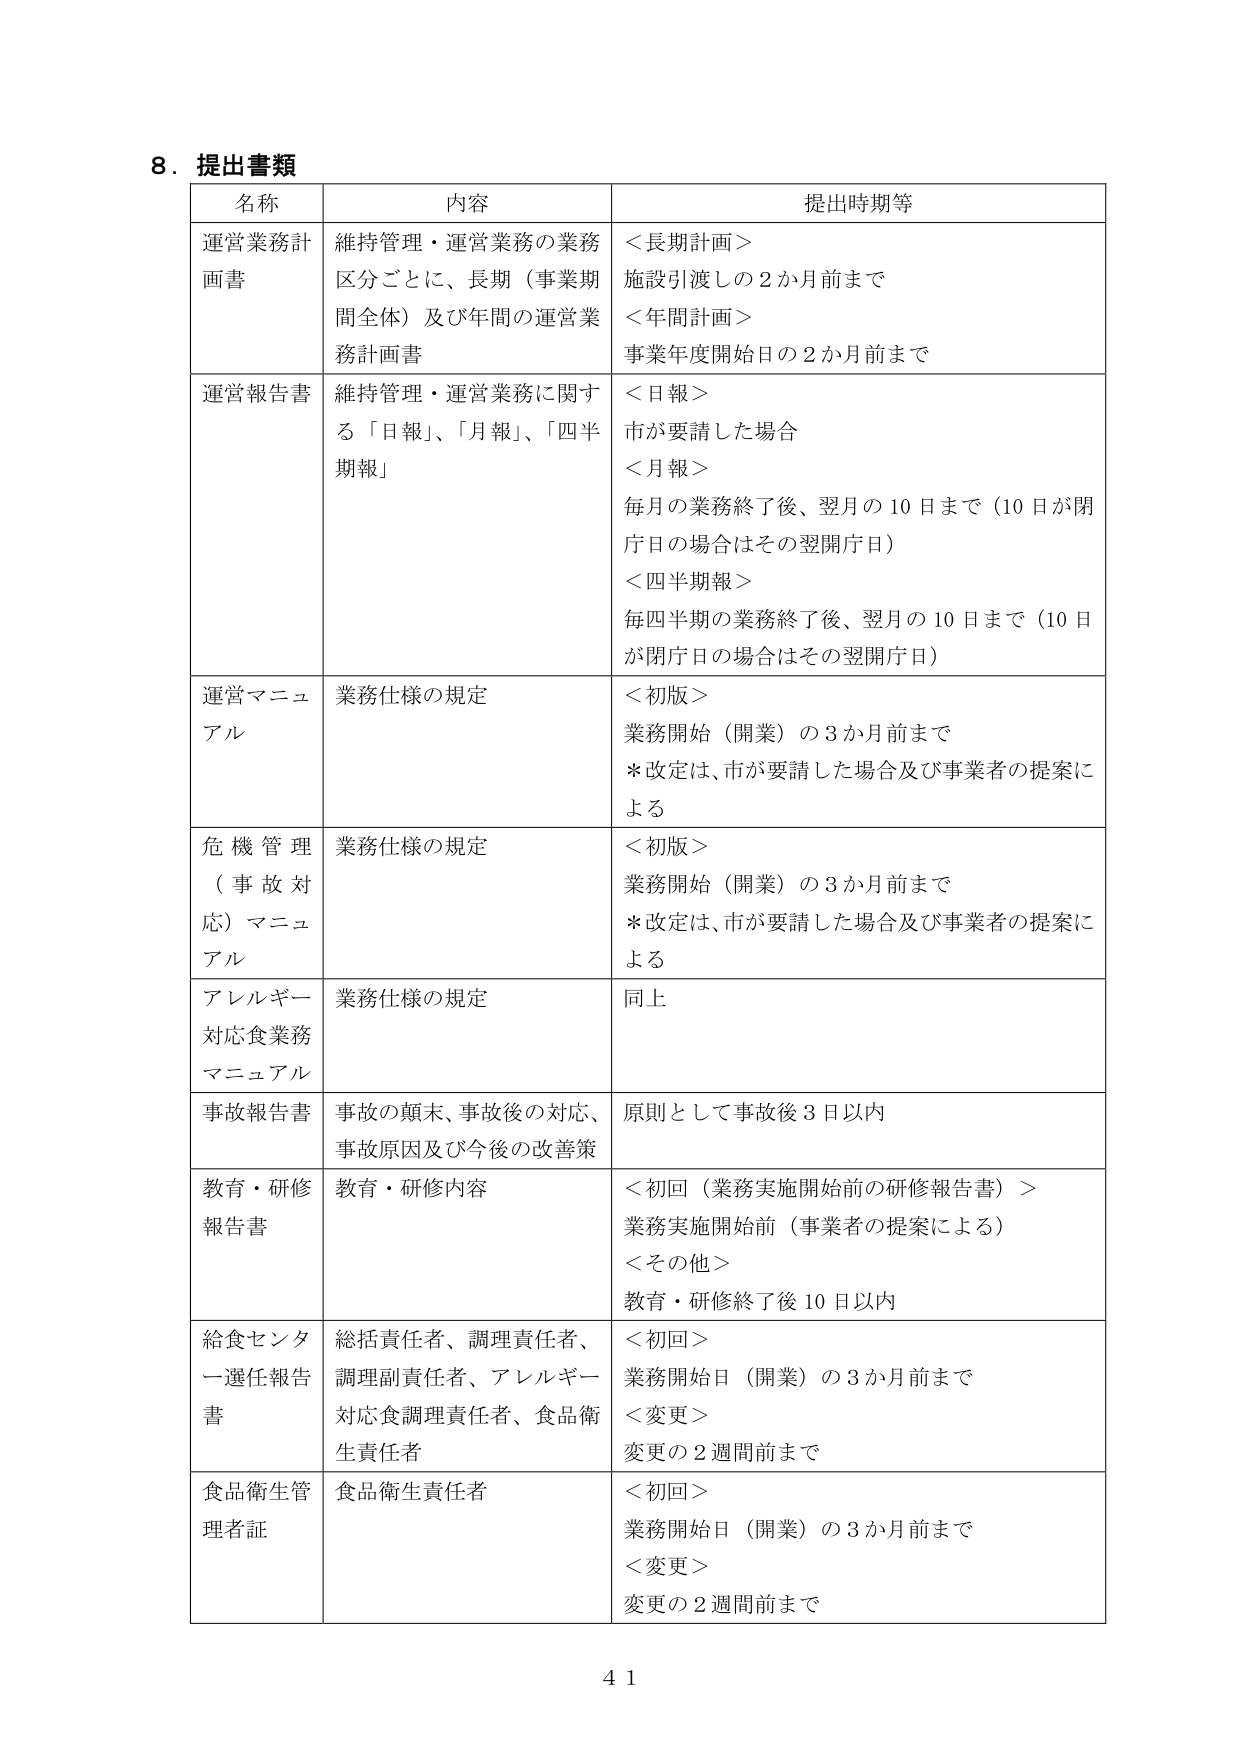
8．提出書類
名称 内容 提出時期等
運営業務計画書 維持管理・運営業務の業務区分ごとに、長期（事業期間全体）及び年間の運営業務計画書 ＜長期計画＞ 施設引渡しの2か月前まで ＜年間計画＞ 事業年度開始日の2か月前まで
運営報告書 維持管理・運営業務に関する「日報」、「月報」、「四半期報」 ＜日報＞ 市が要請した場合 ＜月報＞ 毎月の業務終了後、翌月の10日まで（10日が閉庁日の場合はその翌開庁日） ＜四半期報＞ 毎四半期の業務終了後、翌月の10日まで（10日が閉庁日の場合はその翌開庁日）
運営マニュアル 業務仕様の規定 ＜初版＞ 業務開始（開業）の3か月前まで ＊改定は、市が要請した場合及び事業者の提案による
危機管理（事故対応）マニュアル 業務仕様の規定 ＜初版＞ 業務開始（開業）の3か月前まで ＊改定は、市が要請した場合及び事業者の提案による
アレルギー対応食業務マニュアル 業務仕様の規定 同上
事故報告書 事故の顛末、事故後の対応、事故原因及び今後の改善策 原則として事故後3日以内
教育・研修報告書 教育・研修内容 ＜初回（業務実施開始前の研修報告書）＞ 業務実施開始前（事業者の提案による） ＜その他＞ 教育・研修終了後10日以内
給食センター選任報告書 総括責任者、調理責任者、調理副責任者、アレルギー対応食調理責任者、食品衛生責任者 ＜初回＞ 業務開始日（開業）の3か月前まで ＜変更＞ 変更の2週間前まで
食品衛生管理者証 食品衛生責任者 ＜初回＞ 業務開始日（開業）の3か月前まで ＜変更＞ 変更の2週間前まで
41